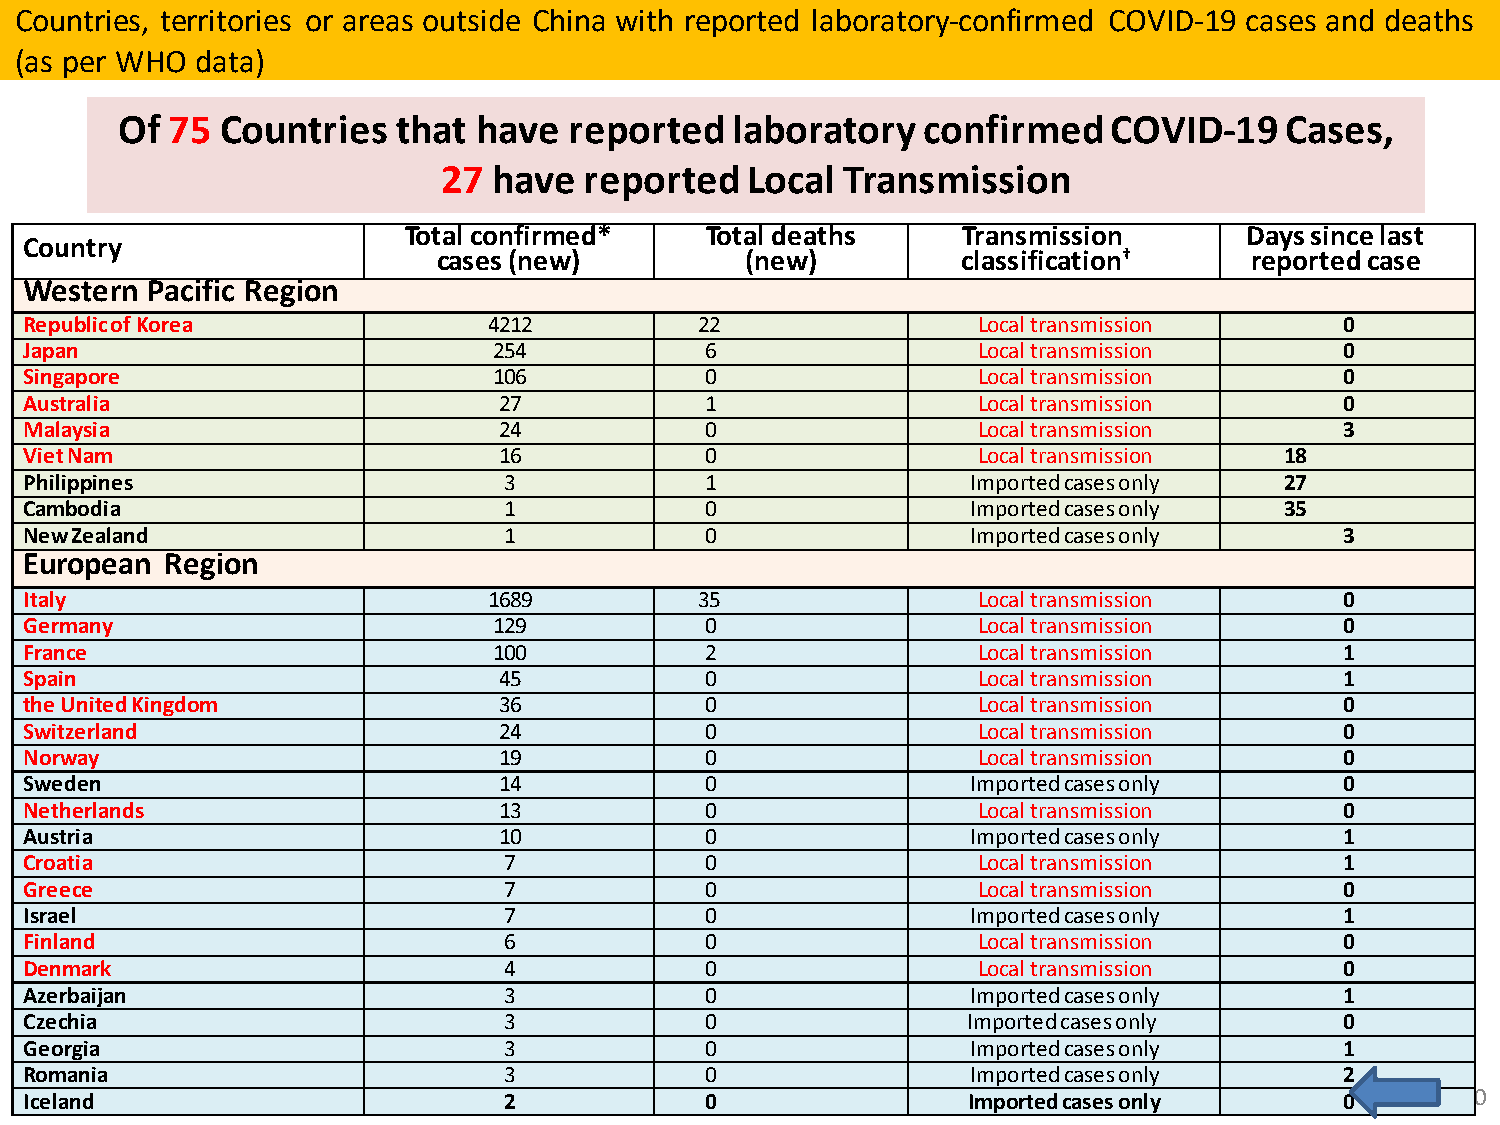
Countries, territories or areas outside China with reported laboratory-confirmed COVID-19 cases and deaths
 (as per WHO data)
 Of 75  Countries  that  have  reported  laboratory   confirmed    COVID-19   Cases,
 27  have  reported  Local  Transmission
 Total confirmed*    Total deaths     Transmission       Days sincelast
 Country
 cases (new)         (new)          classification†    reportedcase
 Western Pacific Region
 Republic of Korea             4212          22                 Local transmission      0
 Japan                          254           6                 Local transmission      0
 Singapore                      106           0                 Local transmission      0
 Australia                      27            1                 Local transmission      0
 Malaysia                       24            0                 Local transmission      3
 Viet Nam                       16            0                 Local transmission  18
 Philippines                    3             1                Imported cases only  27
 Cambodia                       1             0                Imported cases only  35
 New Zealand                    1             0                Imported cases only      3
 European Region
 Italy                         1689          35                 Local transmission      0
 Germany                        129           0                 Local transmission      0
 France                         100           2                 Local transmission      1
 Spain                          45            0                 Local transmission      1
 the United Kingdom             36            0                 Local transmission      0
 Switzerland                    24            0                 Local transmission      0
 Norway                         19            0                 Local transmission      0
 Sweden                         14            0                Imported cases only      0
 Netherlands                    13            0                 Local transmission      0
 Austria                        10            0                Imported cases only      1
 Croatia                        7             0                 Local transmission      1
 Greece                         7             0                 Local transmission      0
 Israel                         7             0                Imported cases only      1
 Finland                        6             0                 Local transmission      0
 Denmark                        4             0                 Local transmission      0
 Azerbaijan                     3             0                Imported cases only      1
 Czechia                        3             0                Imported cases only      0
 Georgia                        3             0                Imported cases only      1
 Romania                        3             0                Imported cases only      2
 Iceland                        2             0                Imported cases only      0       10